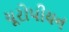
યૂરોપીયન